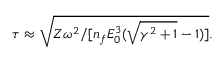
\tau \approx \sqrt { Z \omega ^ { 2 } / [ n _ { f } E _ { 0 } ^ { 3 } ( \sqrt { \gamma ^ { 2 } + 1 } - 1 ) ] } .